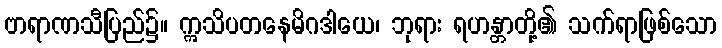
ဗာရာဏသီပြည်၌။ ဣသိပတနေမိဂဒါယေ၊ ဘုရား ရဟန္တာတို့၏ သက်ရာဖြစ်သော